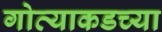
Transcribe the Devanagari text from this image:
गोव्याकडच्या